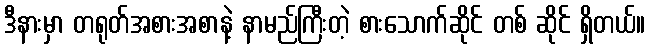
ဒီနားမှာ တရုတ်အစားအစာနဲ့ နာမည်ကြီးတဲ့ စားသောက်ဆိုင် တစ် ဆိုင် ရှိတယ်။